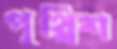
পৃথ্বিশ